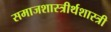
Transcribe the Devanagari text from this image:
समाजशास्त्रीर्थशास्त्री